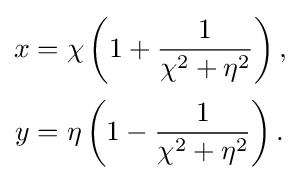
{\begin{aligned}x&=\chi \left(1+{\frac {1}{\chi ^{2}+\eta ^{2}}}\right),\\[2pt]y&=\eta \left(1-{\frac {1}{\chi ^{2}+\eta ^{2}}}\right).\end{aligned}}